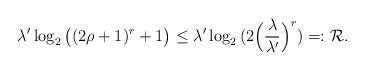
LaTeX: \begin{align*}\lambda' \log_2\big((2\rho+1)^r+1\big) &\leq \lambda' \log_2{(2\Big(\frac{\lambda}{\lambda'}\Big)^r)}=:\mathcal{R}.\end{align*}